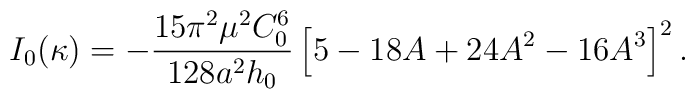
I_0(\kappa) = - \frac{15 \pi^2 \mu^2 C_0^6}{128 a^2 h_0}             \left[ 5 - 18 A + 24 A^2 - 16 A^3 \right]^2.